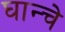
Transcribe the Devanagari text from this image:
घान्चे